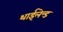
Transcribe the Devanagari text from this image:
थाईलेन्ड